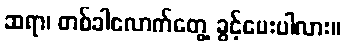
ဆရာ၊ တစ်ခါလောက်တွေ့ ခွင့်ပေးပါလား။